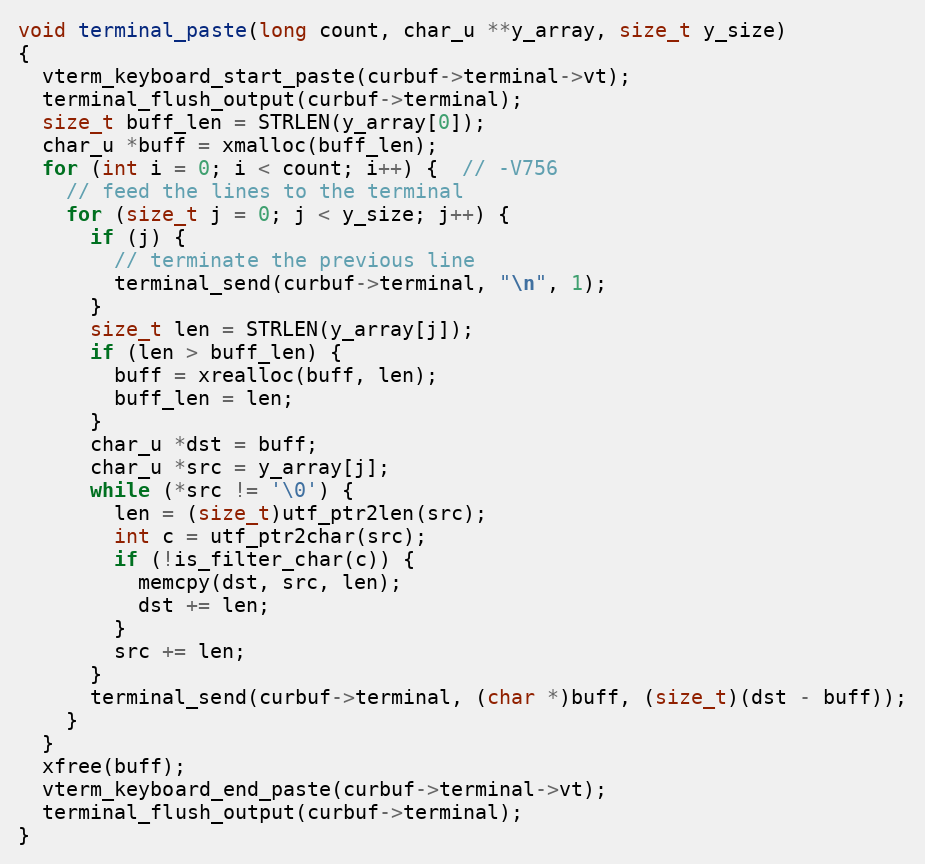
Language: C
void terminal_paste(long count, char_u **y_array, size_t y_size)
{
  vterm_keyboard_start_paste(curbuf->terminal->vt);
  terminal_flush_output(curbuf->terminal);
  size_t buff_len = STRLEN(y_array[0]);
  char_u *buff = xmalloc(buff_len);
  for (int i = 0; i < count; i++) {  // -V756
    // feed the lines to the terminal
    for (size_t j = 0; j < y_size; j++) {
      if (j) {
        // terminate the previous line
        terminal_send(curbuf->terminal, "\n", 1);
      }
      size_t len = STRLEN(y_array[j]);
      if (len > buff_len) {
        buff = xrealloc(buff, len);
        buff_len = len;
      }
      char_u *dst = buff;
      char_u *src = y_array[j];
      while (*src != '\0') {
        len = (size_t)utf_ptr2len(src);
        int c = utf_ptr2char(src);
        if (!is_filter_char(c)) {
          memcpy(dst, src, len);
          dst += len;
        }
        src += len;
      }
      terminal_send(curbuf->terminal, (char *)buff, (size_t)(dst - buff));
    }
  }
  xfree(buff);
  vterm_keyboard_end_paste(curbuf->terminal->vt);
  terminal_flush_output(curbuf->terminal);
}